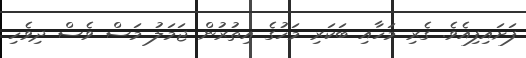
ފަށައިފިއެވެ. ގެރި މަހާއި ބަކަރި މަހުގެ އިތުރުން ޖަމަލު މަސް ވެސް ދިވެހި